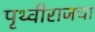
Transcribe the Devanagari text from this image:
पृथ्वीराजचा